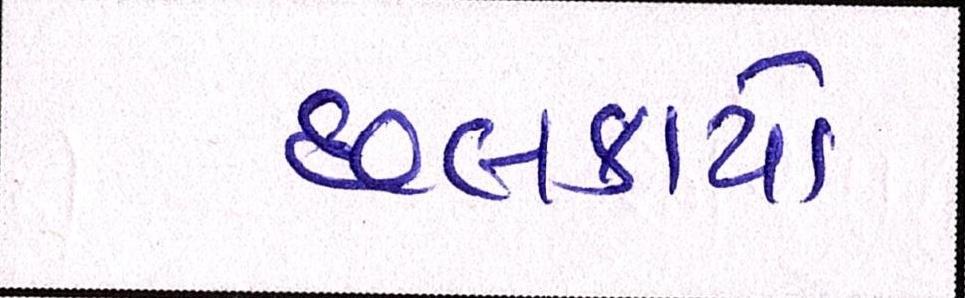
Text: છલકાયો